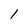
Character: 1